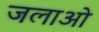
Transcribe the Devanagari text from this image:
जलाओ